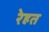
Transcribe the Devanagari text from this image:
रेहत